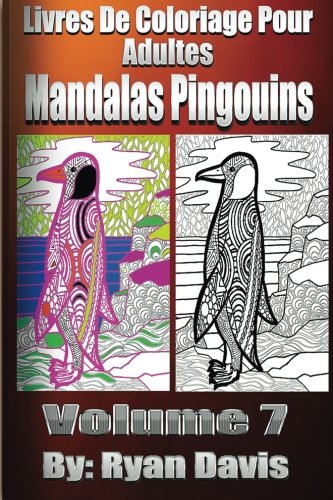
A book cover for Livres De Coloriage Pour Adultes Mandalas Pingouins (Animals & Mandalas ) (French Edition); Ryan Davis; Comics & Graphic Novels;